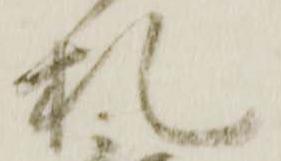
札